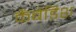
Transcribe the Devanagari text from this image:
कैंबेंडिश